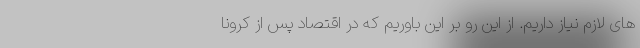
های لازم نیاز داریم. از این رو بر این باوریم که در اقتصاد پس از کرونا